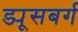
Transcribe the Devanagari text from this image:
ड्यूसबर्ग